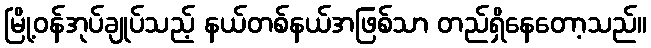
မြို့ဝန်အုပ်ချုပ်သည့် နယ်တစ်နယ်အဖြစ်သာ တည်ရှိနေတော့သည်။